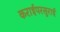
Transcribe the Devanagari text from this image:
कराईपरसुराई